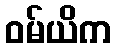
ဝမ်ယိက